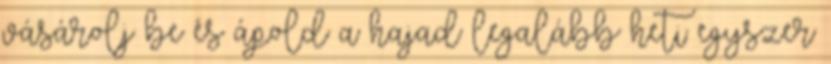
vásárolj be és ápold a hajad legalább heti egyszer